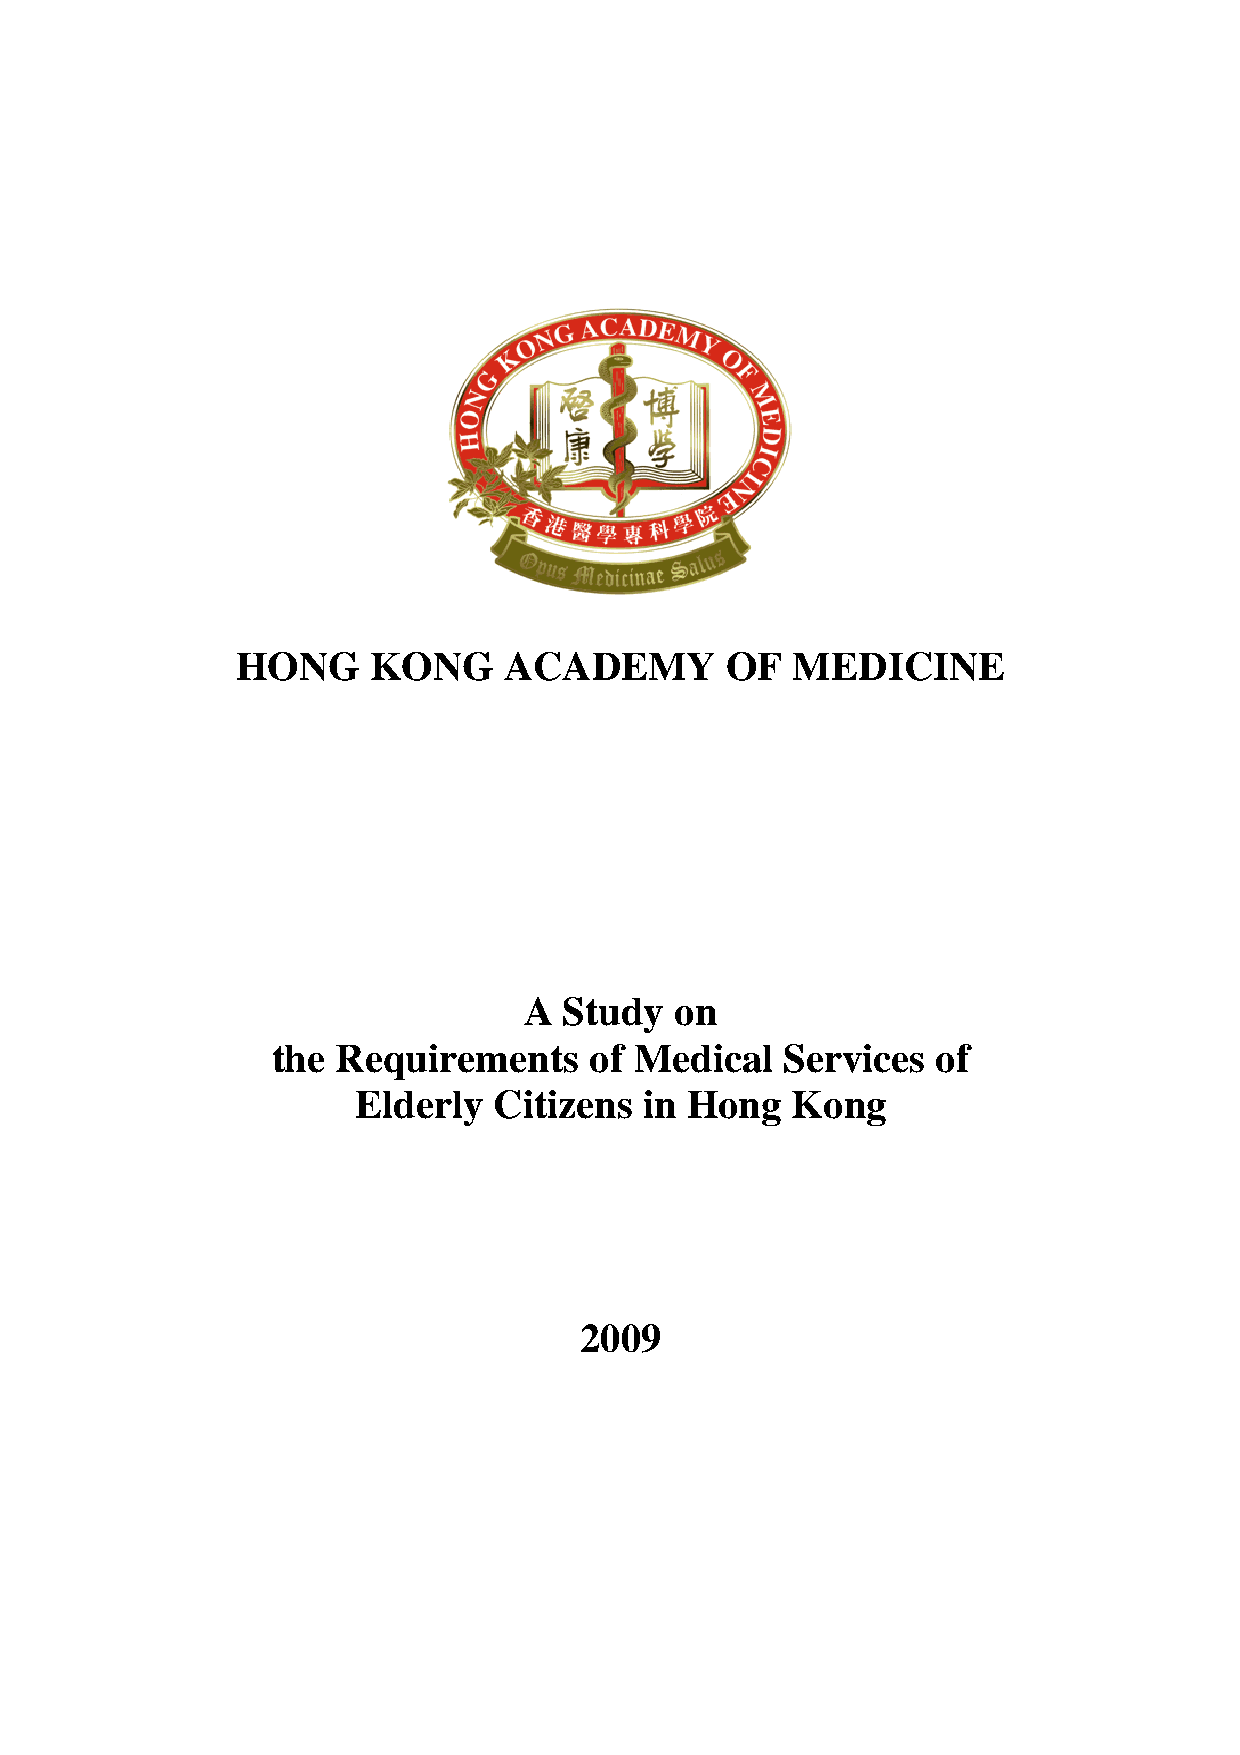
HONG     KONG    ACADEMY        OF  MEDICINE
 A Study   on
 the Requirements     of Medical   Services  of
 Elderly   Citizens  in Hong  Kong
 2009